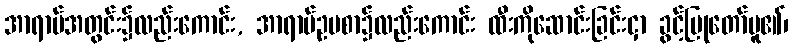
အာရာမ်အတွင်း၌လည်းကောင်း, အာရာမ်ဥပစာ၌လည်းကောင်း ထီးကိုဆောင်းခြင်းငှာ ခွင့်ပြုတော်မူ၏၊